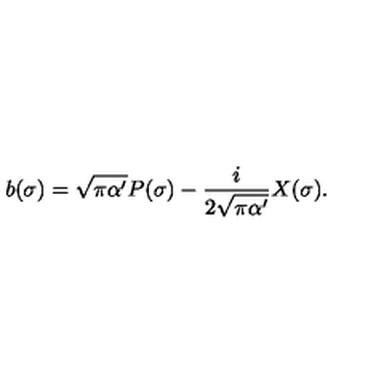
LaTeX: b ( \sigma ) = \sqrt { \pi \alpha ^ { \prime } } P ( \sigma ) - \frac { i } { 2 \sqrt { \pi \alpha ^ { \prime } } } X ( \sigma ) .